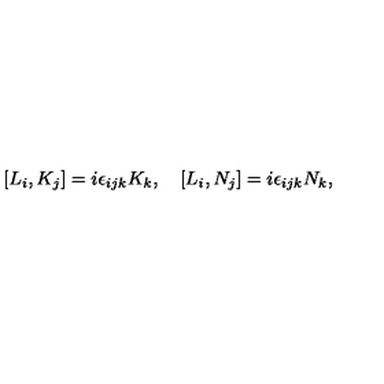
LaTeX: [ L _ { i } , K _ { j } ] = i \epsilon _ { i j k } K _ { k } , \quad [ L _ { i } , N _ { j } ] = i \epsilon _ { i j k } N _ { k } ,